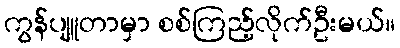
ကွန်ပျူတာမှာ စစ်ကြည့်လိုက်ဦးမယ်။